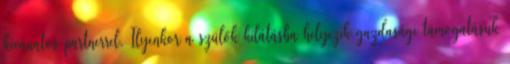
kívánatos partnerrel. Ilyenkor a szülők kilátásba helyezik gazdasági támogatásuk